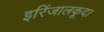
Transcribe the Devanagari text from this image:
इरिंजालकूदा